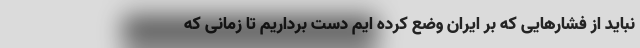
نباید از فشارهایی كه بر ایران وضع کرده ایم دست برداریم تا زمانی كه